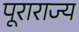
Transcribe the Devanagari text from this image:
पूराराज्य